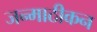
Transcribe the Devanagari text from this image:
जन्माठीकन